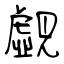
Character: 覷